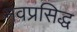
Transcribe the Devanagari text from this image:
नवप्रसिद्ध